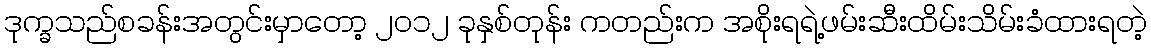
ဒုက္ခသည်စခန်းအတွင်းမှာတော့ ၂၀၁၂ ခုနှစ်တုန်း ကတည်းက အစိုးရရဲ့ဖမ်းဆီးထိမ်းသိမ်းခံထားရတဲ့